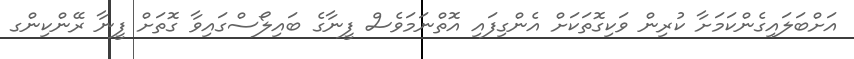
އަށްބަލައިގެންކަމަށާ ކުރިން ވަކިގޮތަކަށް އެންގިފައި އޮތްނަމަވެސް ފީނާގެ ބައިލޯސްގައިވާ ގޮތަށް ފީނާ ރޭންކިންގ